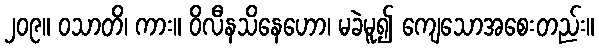
၂၀၉။ ဝသာတိ၊ ကား။ ဝိလီနသိနေဟော၊ မခဲမူ၍ ကျေသောအစေးတည်း။